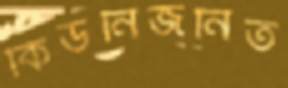
কিডনিজনিত